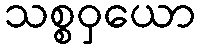
သစ္စဝှယော